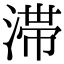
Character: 滞